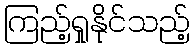
ကြည့်ရှုနိုင်သည့်